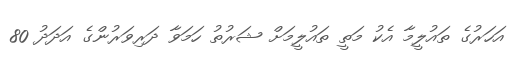
އަހަރުގެ ތައުލީމާ އެކު މަތީ ތައުލީމަށް ޝަރުތު ހަމަވާ ދަރިވަރުންގެ އަދަދު 80